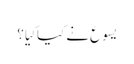
‏ یسوع نے کیا کِیا؟